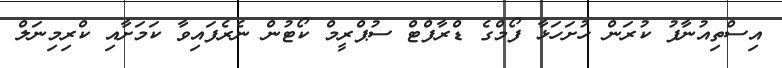
އިސްތިއުނާފު ކުރަން ހުށަހަޅާ ފޯމްގެ ޑްރާފްޓް ސުޕްރީމް ކޯޓުން ނެރެފައިވާ ކަމަށާއި ކްރިމިނަލް